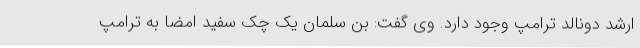
ارشد دونالد ترامپ وجود دارد. وی گفت: بن سلمان یک چک سفید امضا به ترامپ